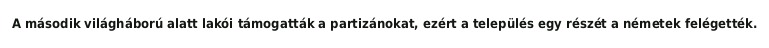
A második világháború alatt lakói támogatták a partizánokat, ezért a település egy részét a németek felégették.